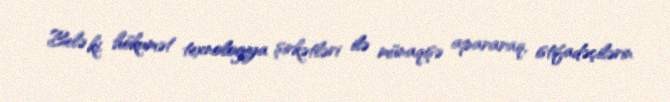
Belə ki, hökumət texnologiya şirkətləri ilə münaqişə apararaq, istifadəçilərin